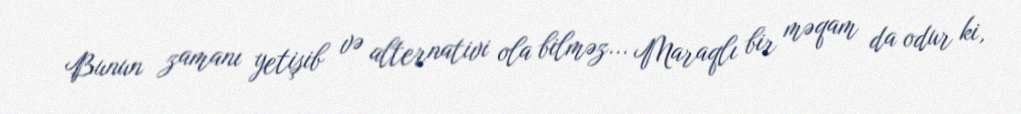
Bunun zamanı yetişib və alternativi ola bilməz... Maraqlı bir məqam da odur ki,